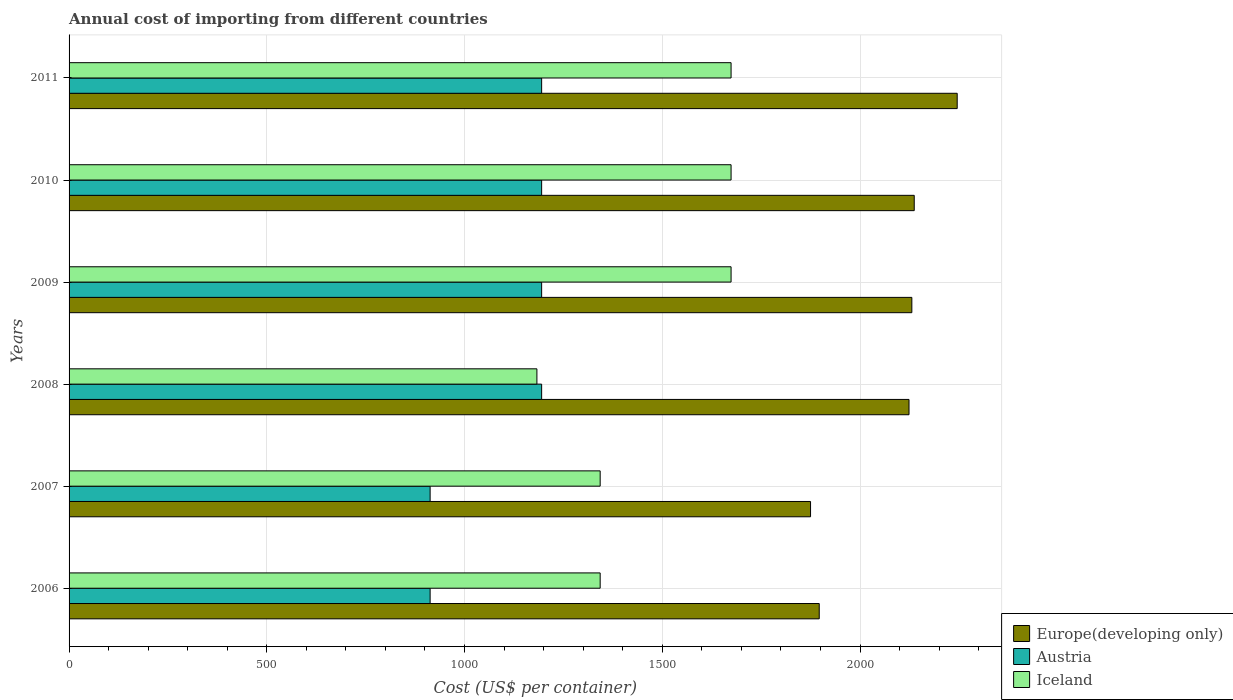
| Years | Europe(developing only) | Austria | Iceland |
 | --- | --- | --- | --- |
 | 2006 | 1.9e+03 | 913 | 1.34e+03 |
 | 2007 | 1.87e+03 | 913 | 1.34e+03 |
 | 2008 | 2.12e+03 | 1.2e+03 | 1.18e+03 |
 | 2009 | 2.13e+03 | 1.2e+03 | 1.67e+03 |
 | 2010 | 2.14e+03 | 1.2e+03 | 1.67e+03 |
 | 2011 | 2.25e+03 | 1.2e+03 | 1.67e+03 |